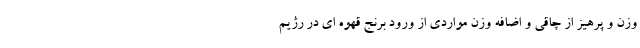
وزن و پرهیز از چاقی و اضافه وزن مواردی از ورود برنج قهوه ای در رژیم